Investigations into the jail dietaries of the United Provinces with some observations on the influence of dietary on the physical development and well-being of the people of the United Provinces - Number 48
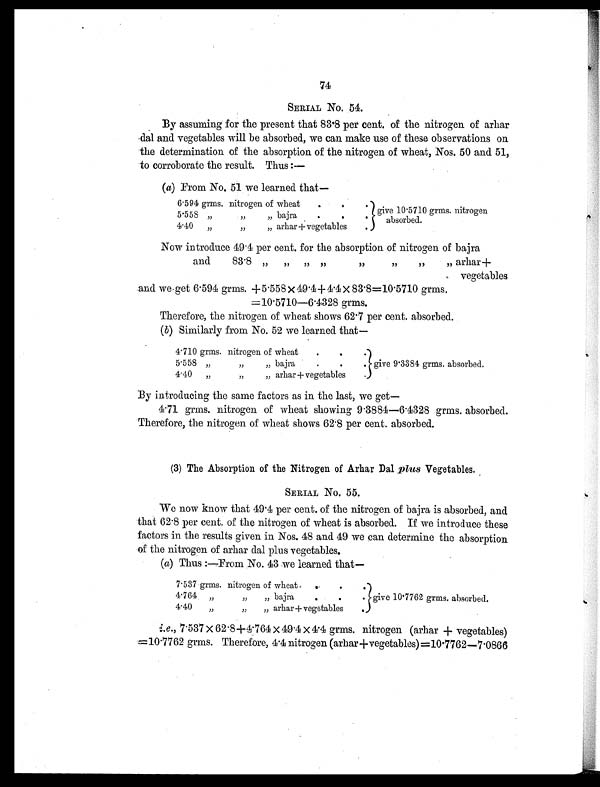
74
SERIAL No. 54.
By assuming for the present that 83.8 per cent. of the nitrogen of arhar
dal and vegetables will be absorbed, we can make use of these observations on
the determination of the absorption of the nitrogen of wheat, Nos. 50 and 51,
to corroborate the result. Thus :—
(a) From No. 51 we learned that
—
6 . 594 grms. nitrogen of wheat
.
.
. give 10 . 5710 grms. nitrogen
absorbed.
5.558 „
„
„
bajra
.
.
.
4. 40
„
„
„
arhar + vegetables
.
Now introduce 49.4 per cent. for the absorption of nitrogen of bajra
and
83.8 „
„
„
„
„
„
„
„ arhar +
vegetables
and we get 6.594 grms. +5.558 × 49.4+ 4.4 × 83.8=10 . 5710 g r m s .
=10 . 5710—6.4328 grms.
Therefore, the nitrogen of wheat shows 62.7 per cent. absorbed.
(b) Similarly from No. 52 we learned that
—
4. 710 grms. nitrogen of wheat
.
.
.
give 9.3384 grms. absorbed.
5 . 558 „
„
„ bajra
.
.
.
4 .40
„
„
„
arhar + vegetables .
By introducing the same factors as in the last, we get
—
4.71 grms. nitrogen of wheat showing 9.3884—6.4328 grms. absorbed.
Therefore, the nitrogen of wheat shows 62.8 per cent. absorbed.
(3) The Absorption of the Nitrogen of Arhar Dal plus Vegetables.
SERIAL No. 55.
We now know that 49.4 per cent. of the nitrogen of bajra is absorbed, and
that 62.8 per cent. of the nitrogen of wheat is absorbed. If we introduce these
factors in the results given in Nos. 48 and 49 we can determine the absorption
of the nitrogen of arhar dal plus vegetables.
(a) Thus :—From No. 43 we learned that
—
7 . 537 grms. nitrogen of wheat
.
.
.
give 10.7762 grms. absorbed.
4.764 „
„
„ bajra
.
.
.
4.40
„
„
„ arhar +vegetables
.
i.e., 7.537 × 62.8+4.764 × 49.4 × 4.4 grms. nitrogen (arhar + vegetables)
=10.7762 grms. Therefore, 4.4 nitrogen (arhar+vegetables)=10.7762—7.0866